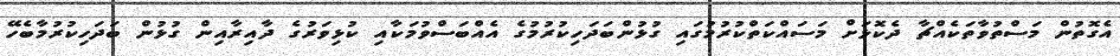
އެގޮތުން މަސްތުވާތަކެއްޗާ ދެކޮޅަށް މަސައްކަތްކުރުމުގައި ގުޅުންބަދަހިކުރުމުގެ އެއްބަސްވުމަކާއި ކުޅިވަރުގެ ދާއިރާއިން ގުޅުން ބަދަހިކުރުމާބެހޭ